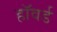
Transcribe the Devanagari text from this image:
हाॅवर्ड